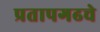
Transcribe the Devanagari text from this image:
प्रतापगढचे